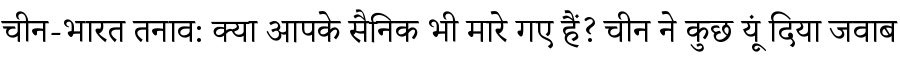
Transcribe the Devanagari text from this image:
चीन-भारत तनाव: क्या आपके सैनिक भी मारे गए हैं? चीन ने कुछ यूं दिया जवाब